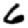
Digit: 6